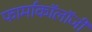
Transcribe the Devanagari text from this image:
फार्माकॉलॉजी